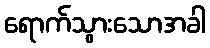
ရောက်သွားသောအခါ